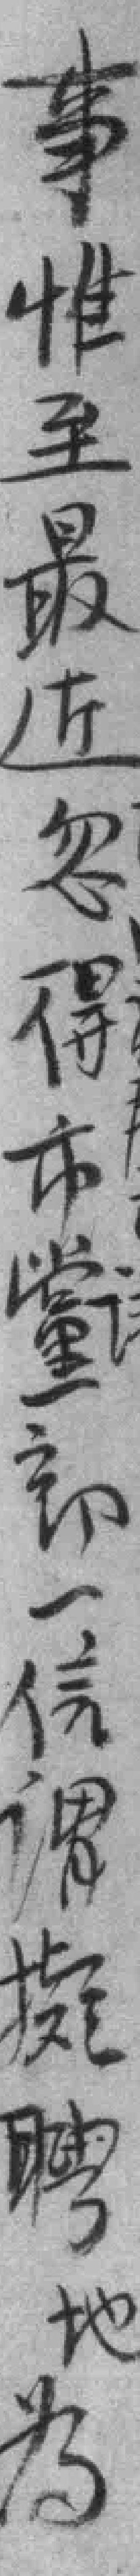
事惟至最近忽得市黨部一信谓擬聘地為